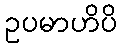
ဥပမာဟိပိ